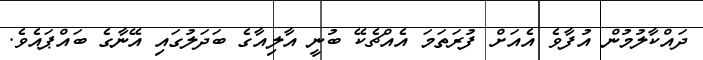
ދައްކާލުމުން އުފާވެ އެއަށް ފުރަތަމަ އެއްޗެކޭ ބުނީ އާލިއާގެ ބަދަލުގައި އޭނާގެ ބައްޕައެވެ.